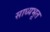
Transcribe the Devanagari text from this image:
साध्यभूत